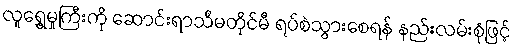
လူရွှေ့မှုကြီးကို ဆောင်းရာသီမတိုင်မီ ရပ်စဲသွားစေရန် နည်းလမ်းစုံဖြင့်